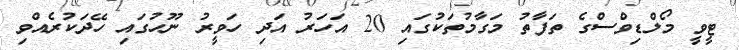
ޓީވީ މޯލްޑިވްސްގެ ތަފާތު މަގާމުތަކުގައި 20 އަހަރު އަދި ހަވީރު ނޫހުގައި ހޭދަކުރެއްވި